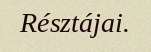
Résztájai.